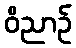
ဝိညာဉ်